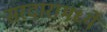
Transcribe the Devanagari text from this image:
सरदारामध्ये